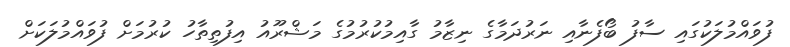
ފުވައްމުލަކުގައި ސާފު ބޯފެނާއި ނަރުދަމާގެ ނިޒާމު ގާއިމުކުރުމުގެ މަޝްރޫއު އިފުތިތާހު ކުރުމަށް ފުވައްމުލަކަށް